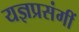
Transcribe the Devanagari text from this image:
यज्ञप्रसंगीं